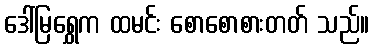
ဒေါ်မြရွှေက ထမင်း စောစောစားတတ် သည်။